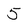
Character: 5